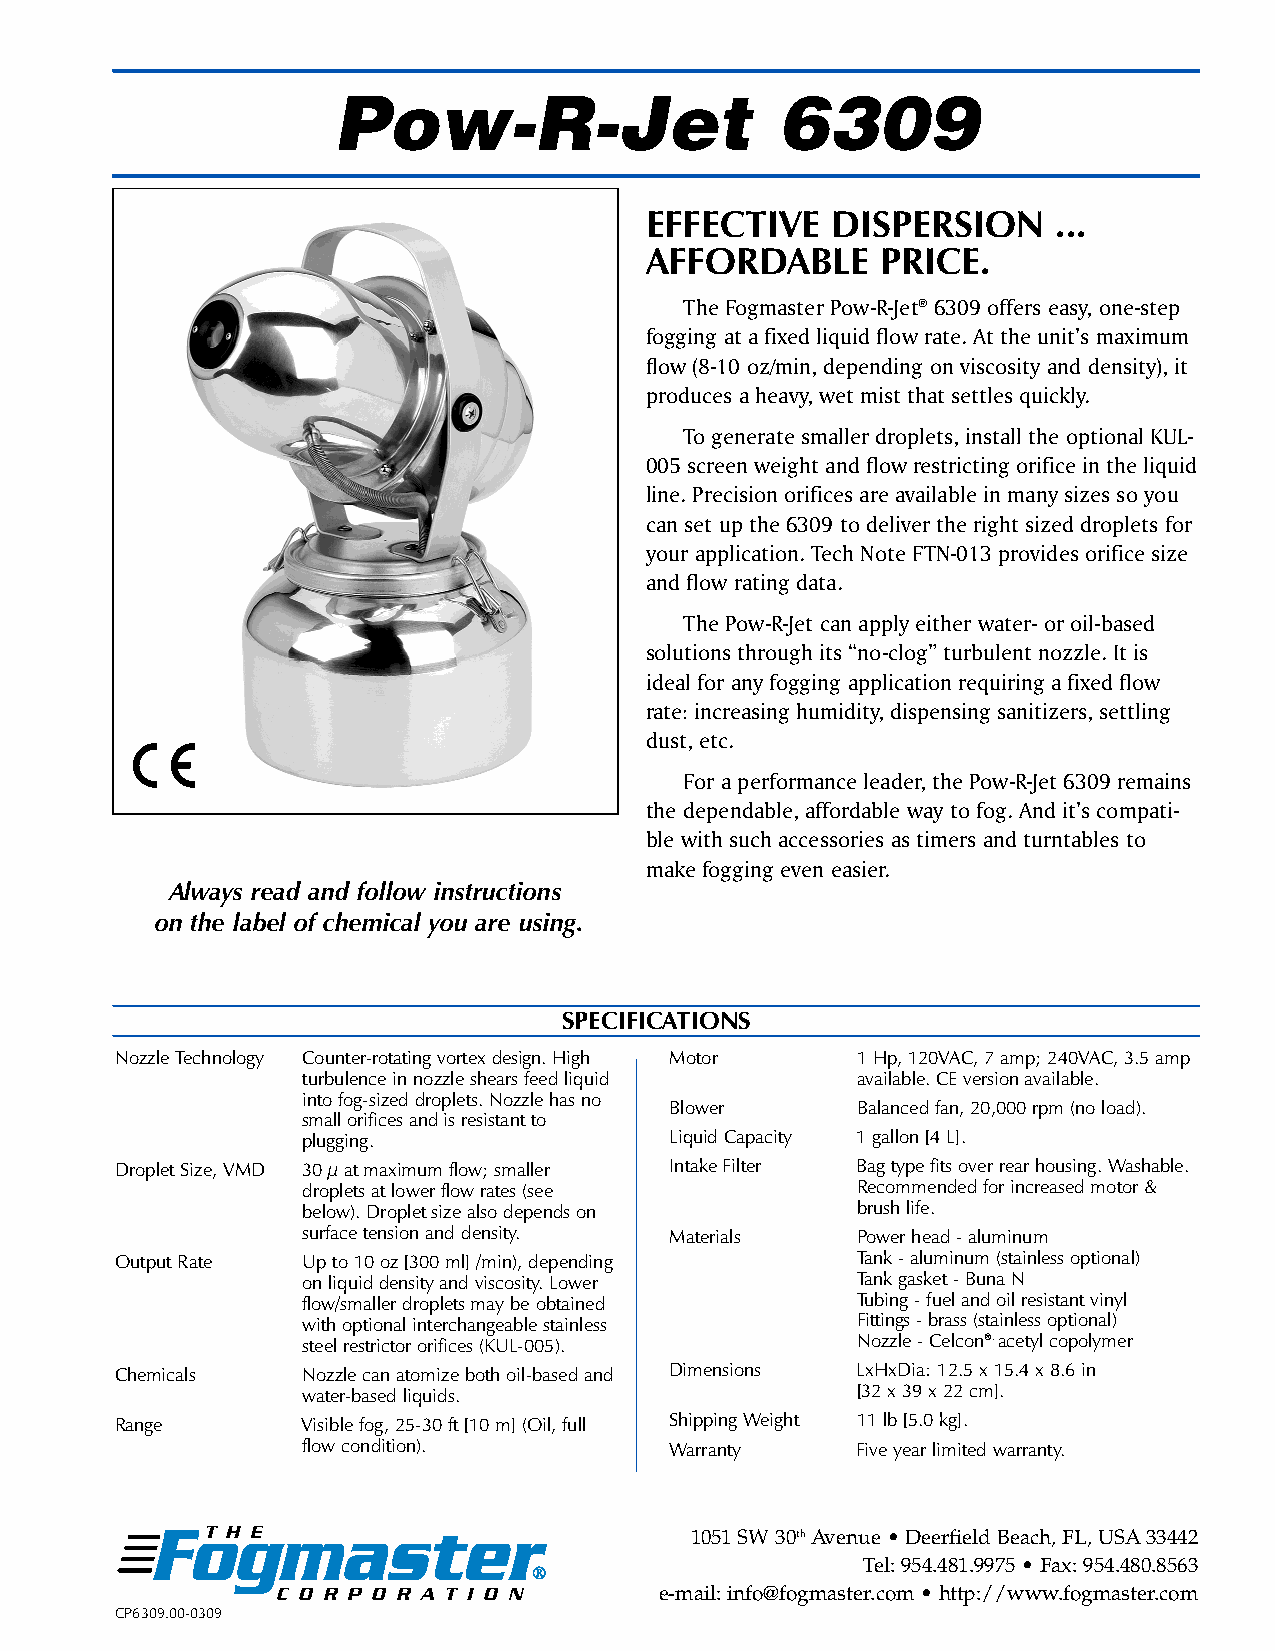
Pow-R-Jet                     6309
 EFFECTIVE   DISPERSION     ...
 AFFORDABLE     PRICE.
 The Fogmaster Pow-R-Jet® 6309 offers easy, one-step
 fogging at a fixed liquid flow rate. At the unit’s maximum
 flow (8-10 oz/min, depending on viscosity and density), it
 produces a heavy, wet mist that settles quickly.
 To generate smaller droplets, install the optional KUL-
 005 screen weight and flow restricting orifice in the liquid
 line. Precision orifices are available in many sizes so you
 can set up the 6309 to deliver the right sized droplets for
 your application. Tech Note FTN-013 provides orifice size
 and flow rating data.
 The Pow-R-Jet can apply either water- or oil-based
 solutions through its “no-clog” turbulent nozzle. It is
 ideal for any fogging application requiring a fixed flow
 rate: increasing humidity, dispensing sanitizers, settling
 dust, etc.
 For a performance leader, the Pow-R-Jet 6309 remains
 the dependable, affordable way to fog. And it’s compati-
 ble with such accessories as timers and turntables to
 make fogging even easier.
 Always read and follow instructions
 on the label of chemical you are using.
 SPECIFICATIONS
 Nozzle Technology Counter-rotating vortex design. High Motor 1 Hp, 120VAC, 7 amp; 240VAC, 3.5 amp
 turbulence in nozzle shears feed liquid available. CE version available.
 into fog-sized droplets. Nozzle has no
 Blower       Balanced fan, 20,000 rpm (no load).
 small orifices and is resistant to
 plugging.               Liquid Capacity 1 gallon [4 L].
 Droplet Size, VMD 30 µat maximum flow; smaller Intake Filter Bag type fits over rear housing. Washable.
 droplets at lower flow rates (see    Recommended for increased motor &
 below). Droplet size also depends on brush life.
 surface tension and density. Materials Power head - aluminum
 Output Rate Up to 10 oz [300 ml] /min), depending Tank - aluminum (stainless optional)
 on liquid density and viscosity. Lower Tank gasket - Buna N
 flow/smaller droplets may be obtained Tubing - fuel and oil resistant vinyl
 with optional interchangeable stainless Fittings - brass (stainless optional)
 steel restrictor orifices (KUL-005). Nozzle - Celcon®. acetyl copolymer
 Chemicals   Nozzle can atomize both oil-based and Dimensions LxHxDia: 12.5 x 15.4 x 8.6 in
 water-based liquids.                 [32 x 39 x 22 cm].
 Range       Visible fog, 25-30 ft [10 m] (Oil, full Shipping Weight 11 lb [5.0 kg].
 flow condition).        Warranty     Five year limited warranty.
 FoTHgE  master
 1051 SW 30thAvenue •Deerfield Beach, FL, USA33442
 Tel: 954.481.9975 •Fax: 954.480.8563
 ®
 CORPORATION               e-mail: info@fogmaster.com •http://www.fogmaster.com
 CP6309.00-0309